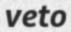
veto